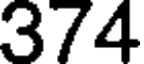
374